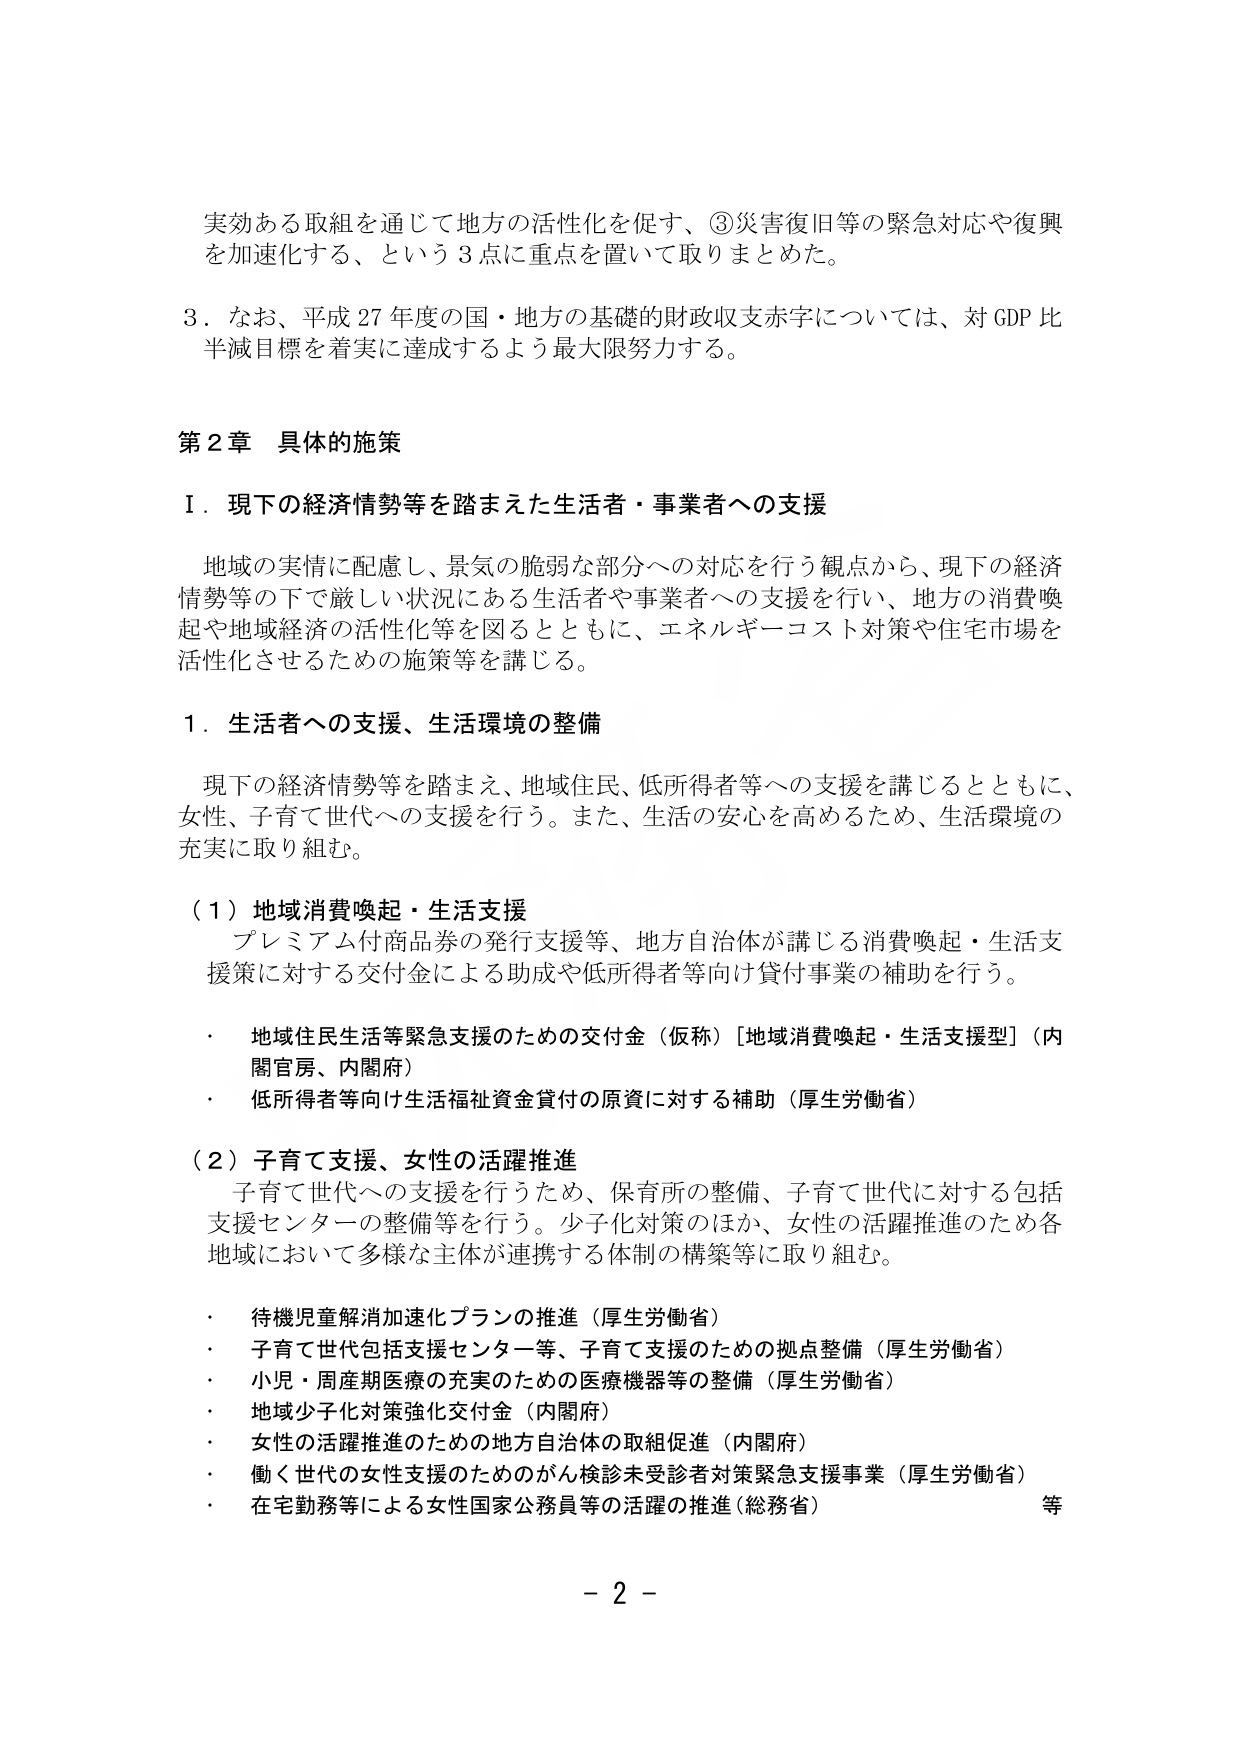
実効ある取組を通じて地方の活性化を促す、③災害復旧等の緊急対応や復興を加速化する、という3点に重点を置いて取りまとめた。

3．なお、平成27年度の国・地方の基礎的財政収支赤字については、対GDP比半減目標を着実に達成するよう最大限努力する。

第2章 具体的施策

Ⅰ．現下の経済情勢等を踏まえた生活者・事業者への支援

　地域の実情に配慮し、景気の脆弱な部分への対応を行う観点から、現下の経済情勢等の下で厳しい状況にある生活者や事業者への支援を行い、地方の消費喚起や地域経済の活性化等を図るとともに、エネルギーコスト対策や住宅市場を活性化させるための施策等を講じる。

1．生活者への支援、生活環境の整備

　現下の経済情勢等を踏まえ、地域住民、低所得者等への支援を講じるとともに、女性、子育て世代への支援を行う。また、生活の安心を高めるため、生活環境の充実に取り組む。

（1）地域消費喚起・生活支援

　プレミアム付商品券の発行支援等、地方自治体が講じる消費喚起・生活支援策に対する交付金による助成や低所得者等向け貸付事業の補助を行う。

・ 地域住民生活等緊急支援のための交付金（仮称）[地域消費喚起・生活支援型]（内閣官房、内閣府）
・ 低所得者等向け生活福祉資金貸付の原資に対する補助（厚生労働省）

（2）子育て支援、女性の活躍推進

　子育て世代への支援を行うため、保育所の整備、子育て世代に対する包括支援センターの整備等を行う。少子化対策のほか、女性の活躍推進のため各地域において多様な主体が連携する体制の構築等に取り組む。

・ 待機児童解消加速化プランの推進（厚生労働省）
・ 子育て世代包括支援センター等、子育て支援のための拠点整備（厚生労働省）
・ 小児・周産期医療の充実のための医療機器等の整備（厚生労働省）
・ 地域少子化対策強化交付金（内閣府）
・ 女性の活躍推進のための地方自治体の取組促進（内閣府）
・ 働く世代の女性支援のためのがん検診未受診者対策緊急支援事業（厚生労働省）
・ 在宅勤務等による女性国家公務員等の活躍の推進（総務省）　等

－ 2 －